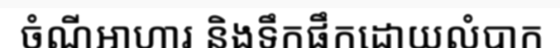
ចំណីអាហារ និងទឹកផឹកដោយលំបាក